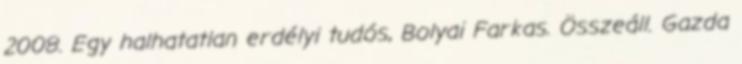
2008. Egy halhatatlan erdélyi tudós, Bolyai Farkas. Összeáll. Gazda